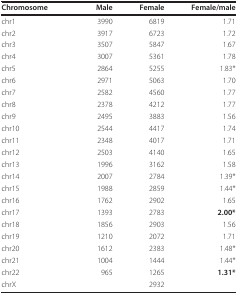
<table><thead><tr><td><b>Chromosome</b></td><td><b>Male</b></td><td><b>Female</b></td><td><b>Female/male</b></td></tr></thead><tbody><tr><td>chr1</td><td>3990</td><td>6819</td><td>1.71</td></tr><tr><td>chr2</td><td>3917</td><td>6723</td><td>1.72</td></tr><tr><td>chr3</td><td>3507</td><td>5847</td><td>1.67</td></tr><tr><td>chr4</td><td>3007</td><td>5361</td><td>1.78</td></tr><tr><td>chr5</td><td>2864</td><td>5255</td><td>1.83*</td></tr><tr><td>chr6</td><td>2971</td><td>5063</td><td>1.70</td></tr><tr><td>chr7</td><td>2582</td><td>4560</td><td>1.77</td></tr><tr><td>chr8</td><td>2378</td><td>4212</td><td>1.77</td></tr><tr><td>chr9</td><td>2495</td><td>3883</td><td>1.56</td></tr><tr><td>chr10</td><td>2544</td><td>4417</td><td>1.74</td></tr><tr><td>chr11</td><td>2348</td><td>4017</td><td>1.71</td></tr><tr><td>chr12</td><td>2503</td><td>4140</td><td>1.65</td></tr><tr><td>chr13</td><td>1996</td><td>3162</td><td>1.58</td></tr><tr><td>chr14</td><td>2007</td><td>2784</td><td>1.39*</td></tr><tr><td>chr15</td><td>1988</td><td>2859</td><td>1.44*</td></tr><tr><td>chr16</td><td>1762</td><td>2902</td><td>1.65</td></tr><tr><td>chr17</td><td>1393</td><td>2783</td><td><b>2.00*</b></td></tr><tr><td>chr18</td><td>1856</td><td>2903</td><td>1.56</td></tr><tr><td>chr19</td><td>1210</td><td>2072</td><td>1.71</td></tr><tr><td>chr20</td><td>1612</td><td>2383</td><td>1.48*</td></tr><tr><td>chr21</td><td>1004</td><td>1444</td><td>1.44*</td></tr><tr><td>chr22</td><td>965</td><td>1265</td><td><b>1.31*</b></td></tr><tr><td>chrX</td><td></td><td>2932</td><td></td></tr></tbody></table>